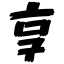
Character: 享